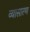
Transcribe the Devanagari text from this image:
व्यासारण